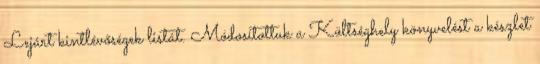
Lejárt kintlévőségek listát. Módosítottuk a Költséghely könyvelést a készlet